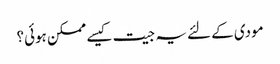
مودی کے لئے یہ جیت کیسے ممکن ہوئی؟